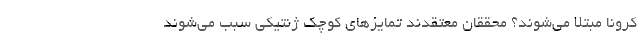
کرونا مبتلا می‌شوند؟ محققان معتقدند تمایز‌های کوچک ژنتیکی سبب می‌شوند